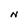
Character: N